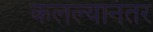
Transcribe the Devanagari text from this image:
कलल्यानंतर